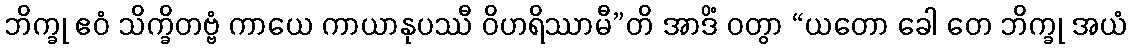
ဘိက္ခု ဧဝံ သိက္ခိတဗ္ဗံ ကာယေ ကာယာနုပဿီ ဝိဟရိဿာမီ”တိ အာဒိံ ဝတွာ “ယတော ခေါ တေ ဘိက္ခု အယံ